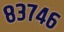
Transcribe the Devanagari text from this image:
८३७४६